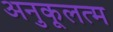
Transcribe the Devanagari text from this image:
अनुकूलत्म